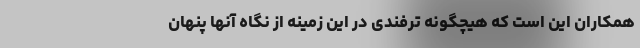
همکاران این است که هیچگونه ترفندی در این زمینه از نگاه آنها پنهان